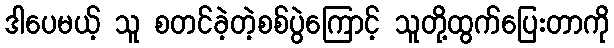
ဒါပေမယ့် သူ စတင်ခဲ့တဲ့စစ်ပွဲကြောင့် သူတို့ထွက်ပြေးတာကို